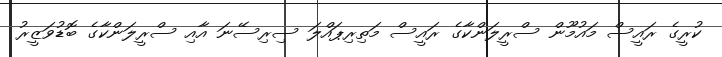
ކުރީގެ ރައީސް މައުމޫން ސްރީލަންކާގެ ރައީސް މަތިރިޕައްލަ ސިރިސޭނަ އާއި ސްރީލަންކާގެ ބޮޑުވަޒީރު